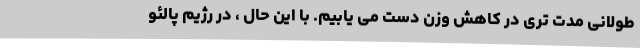
طولانی مدت تری در کاهش وزن دست می یابیم. با این حال ، در رژیم پالئو